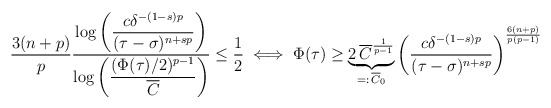
\begin{align*}\frac{3(n+p)}{p}\frac{\log \left(\dfrac{c\delta^{-(1-s)p}}{(\tau-\sigma)^{n+sp}}\right)}{\log\left(\dfrac{(\Phi(\tau)/2)^{p-1}}{\overline{C}}\right)} \leq \frac{1}{2} \iff \Phi(\tau) \geq \underbrace{2\,\overline{C}^{\frac{1}{p-1}}}_{=:\,\overline{C}_0}\left(\frac{c\delta^{-(1-s)p}}{(\tau-\sigma)^{n+sp}}\right)^{\frac{6(n+p)}{p(p-1)}}\end{align*}